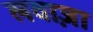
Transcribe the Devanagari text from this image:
लवाज़ा